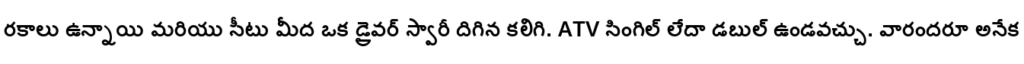
రకాలు ఉన్నాయి మరియు సీటు మీద ఒక డ్రైవర్ స్వారీ దిగిన కలిగి. ATV సింగిల్ లేదా డబుల్ ఉండవచ్చు. వారందరూ అనేక